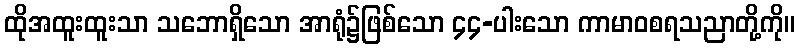
ထိုအထူးထူးသာ သဘောရှိသော အာရုံ၌ဖြစ်သော ၄၄-ပါးသော ကာမာဝစရသညာတို့ကို။